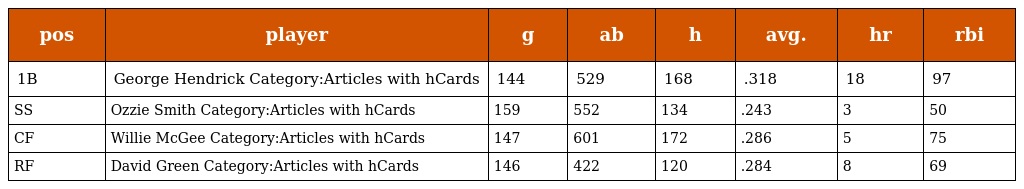
| pos | player | g | ab | h | avg. | hr | rbi |
 | --- | --- | --- | --- | --- | --- | --- | --- |
 | 1B | George Hendrick Category:Articles with hCards | 144 | 529 | 168 | .318 | 18 | 97 |
 | SS | Ozzie Smith Category:Articles with hCards | 159 | 552 | 134 | .243 | 3 | 50 |
 | CF | Willie McGee Category:Articles with hCards | 147 | 601 | 172 | .286 | 5 | 75 |
 | RF | David Green Category:Articles with hCards | 146 | 422 | 120 | .284 | 8 | 69 |